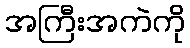
အကြီးအကဲကို